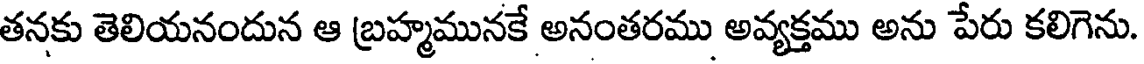
తనకు తెలియనందున ఆ బ్రహ్మమునకే అనంతరము అవ్యక్తము అను పేరు కలిగెను.